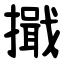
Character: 擑